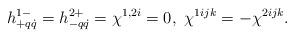
LaTeX: \begin{align*}h^{1-}_{+q\dot q}=h^{2+}_{-q\dot q}=\chi^{1,2i}=0,\ \chi^{1ijk}=-\chi^{2ijk}.\end{align*}